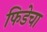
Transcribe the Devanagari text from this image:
फिडेचा